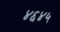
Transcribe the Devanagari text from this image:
४६४५